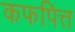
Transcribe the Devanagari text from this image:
कफपित्त